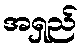
အရှည်